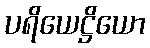
ပရိယေဋ္ဌိယော